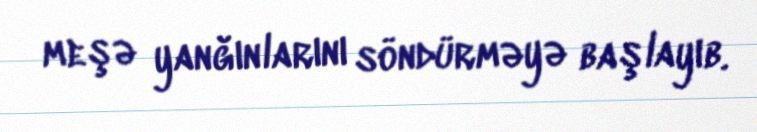
meşə yanğınlarını söndürməyə başlayıb.